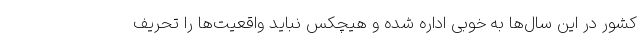
کشور در این سال‌ها به خوبی اداره شده و هیچکس نباید واقعیت‌ها را تحریف